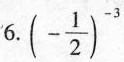
6.(- \frac{1}{2})^{-3}